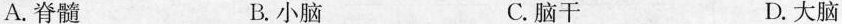
A.脊髓 B.小脑 C.脑干 D.大脑